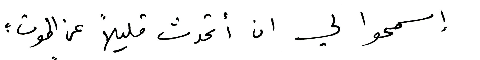
إسمحوا لي ان أتحدث قليلاً عن الموت: